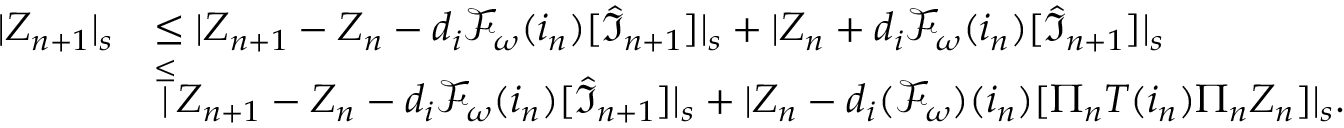
\begin{array} { r l } { | Z _ { n + 1 } | _ { s } } & { \le | Z _ { n + 1 } - Z _ { n } - d _ { i } \mathcal { F } _ { \omega } ( i _ { n } ) [ \widehat { \mathfrak { I } } _ { n + 1 } ] | _ { s } + | Z _ { n } + d _ { i } \mathcal { F } _ { \omega } ( i _ { n } ) [ \widehat { \mathfrak { I } } _ { n + 1 } ] | _ { s } } \\ & { \overset \le | Z _ { n + 1 } - Z _ { n } - d _ { i } \mathcal { F } _ { \omega } ( i _ { n } ) [ \widehat { \mathfrak { I } } _ { n + 1 } ] | _ { s } + | Z _ { n } - d _ { i } ( \mathcal { F } _ { \omega } ) ( i _ { n } ) [ \Pi _ { n } T ( i _ { n } ) \Pi _ { n } Z _ { n } ] | _ { s } . } \end{array}